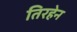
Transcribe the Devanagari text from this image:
तिरहेन